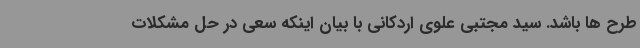
طرح ها باشد. سید مجتبی علوی اردکانی با بیان اینکه سعی در حل مشکلات